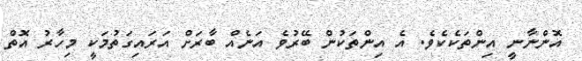
އޮންނާނީ އިންތަކެކެވެ. އެ އިންތަކުން ބޭރުވެ އަނެއް ބާރަށް އަރައިގަތުމަކީ މިހާރު އޮތް